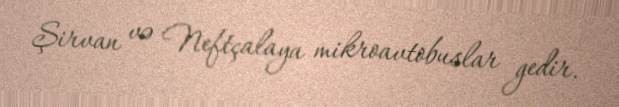
Şirvan və Neftçalaya mikroavtobuslar gedir.